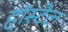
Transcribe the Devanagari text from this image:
हॉस्टेल